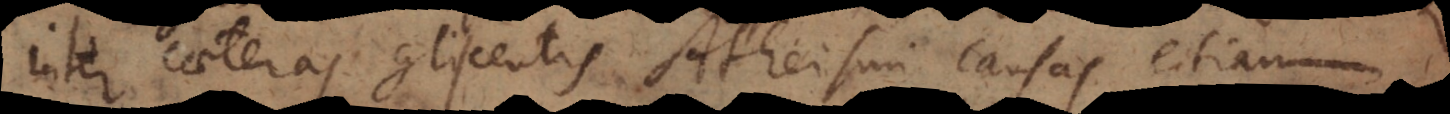
inter caeteras gliscentis Atheismi causas etia